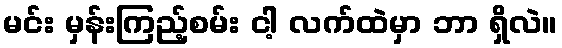
မင်း မှန်းကြည့်စမ်း ငါ့ လက်ထဲမှာ ဘာ ရှိလဲ။